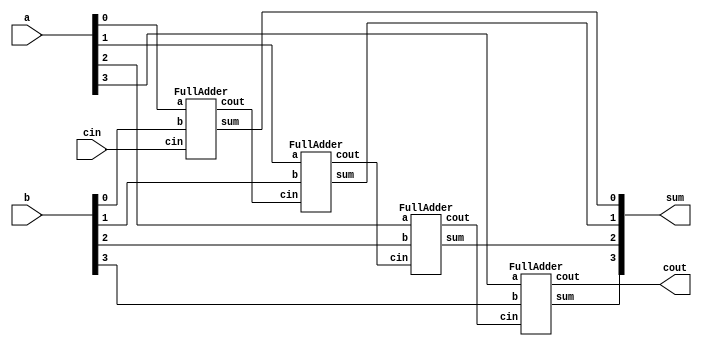
module Adder(a,b,cin,sum,cout);
    input [3:0]a,b;
    input cin;
    output wire [3:0]sum;
    output cout;
    FullAdder FA1(a[0],b[0],cin,sum[0],cout1);
    FullAdder FA2(a[1],b[1],cout1,sum[1],cout2);
    FullAdder FA3(a[2],b[2],cout2,sum[2],cout3);
    FullAdder FA4(a[3],b[3],cout3,sum[3],cout);
    endmodule
    
    module FullAdder(a,b,cin,sum,cout);
    input a,b,cin;
    output wire sum,cout;
    wire s1,c1,c2,c3;
    xor(s1,a,b);
    xor(sum,s1,cin);
    and(c1,a,b);
    and(c2,b,cin);
    and(c3,a,cin);
    or(cout,c1,c2,c3);
    endmodule